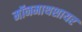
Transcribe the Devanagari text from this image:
मॉनमाथशायर